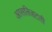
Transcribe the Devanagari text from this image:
आसक्तिहटती